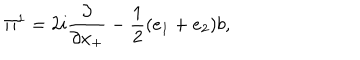
{ \Pi } ^ { 1 } = 2 i \frac { \partial } { \partial x _ { + } } - \frac { 1 } { 2 } ( e _ { 1 } + e _ { 2 } ) b ,